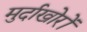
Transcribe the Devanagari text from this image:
मुर्दाखोरों